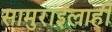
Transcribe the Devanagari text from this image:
सामुराईलाही